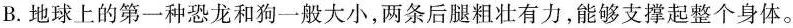
B. 地球上的第一种恐龙和狗一般大小，两条后腿粗壮有力，能够支撑起整个身体。